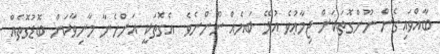
ބާއްވައިގެން ނޫންގޮތަކަށް ޖިމާޢުވެ އުޅޭ ބަޔެއް ނޫންނެވެ. އެގޮތަކީ އަންހެނާ މާނިވާކަން ބޮޑުގޮތެއް